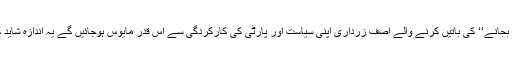
مگر ’’اینٹ سے اینٹ بجانے‘‘ کی باتیں کرنے والے آصف زرداری اپنی سیاست اور پارٹی کی کارکردگی سے اس قدر مایوس ہوجائیں گے یہ اندازہ شاید کسی کو بھی نہیں تھا۔